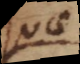
quae